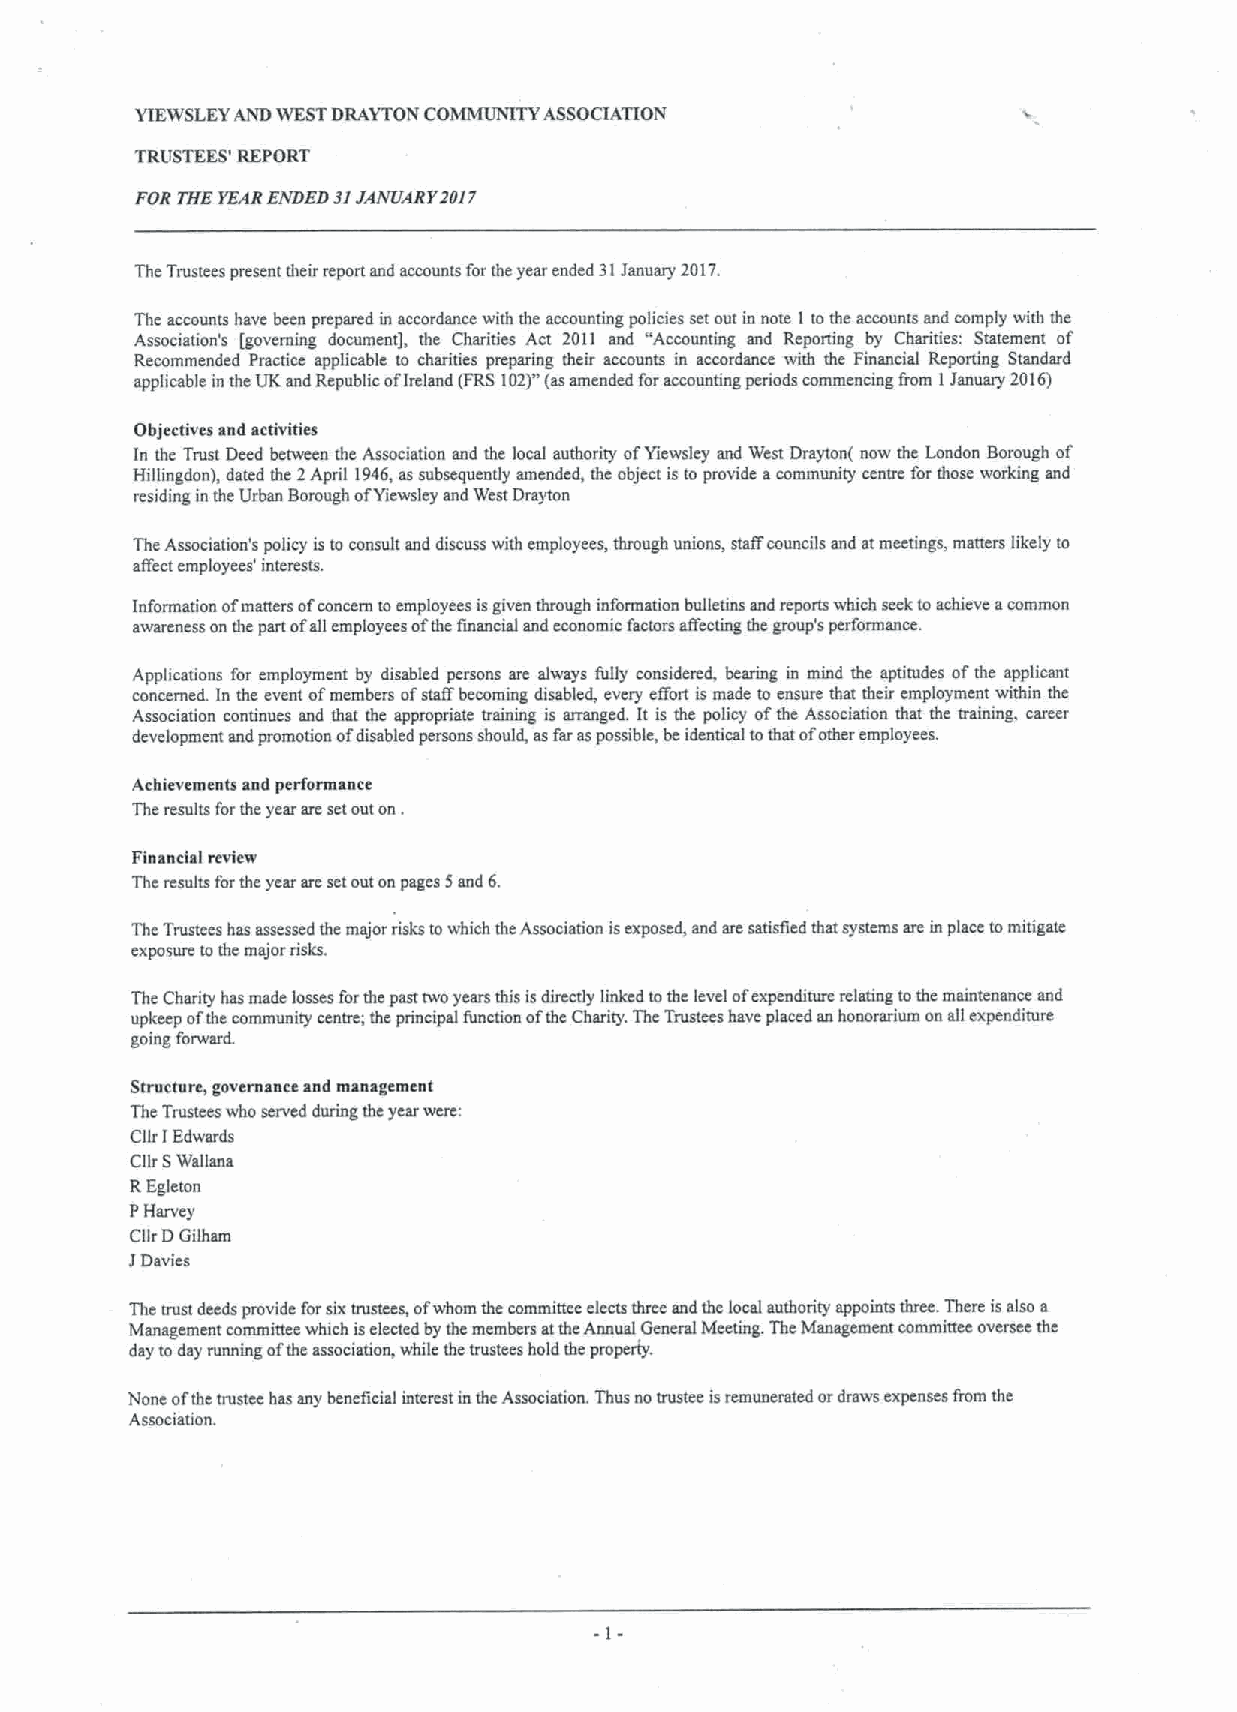
YIEWSLEYAND WESTDRAYTON COMMUNITY ASSOCIATION
 TRI!STEES'REPORT
 FOR THE YEARENDED JJJANUAEY10J 7
 The Trustees present their report and accounts for the year ended 3t January 2017.
 The accounts have been prepared in accordance with the accounting policies set out in note 1tothe accounts and comply with thc
 Association's (governing document], the Charities Act 2011 and "Accounting and Reporting by Charities. Statement of
 Recommended Practice applicable to charities preparing their accounts in accordance with the Financial Reporting Standard
 applicable inthe UK and Republic ofIreland (FRS102)"(asamended foraccounting periods commencing from 1January 2016)
 Objectives and activities
 In thc Trust Deed bctwccn the Association and the local authority ofYicwsley and West Drayton( now the London Borough of
 Hillingdon), dated the 2April 1946,as subsequently amended, thc object is to provide acommunity centre for those working and
 residing in the Urban Borough ofYiewsley and West Drayton
 The Association's policy is to consult aod discuss with employees, through unions, staffcouncils and atmmtings, meters likely to
 aifect employees' interests.
 Information ofmatters ofconcern toemployees isgiven through information bulletins snd reports which seek toachieve acommon
 awareness on thc part ofall employees ofthe financia and economic factors affecting the group's perfonnance.
 Apphcations for employment by disabled persons are always fully considered, bearing in mind the aptitudes ofthe applicant
 concerned. In the event ofmembers ofstafF becoming disabled, every effort is made to ensure that their employment within the
 Association continues and that the appropriate training is arranged. It is the policy ofthc Association that the training. career
 development and promotion ofdisabled persons should, asfar aspossible, beidcntictd tothat ofother employees.
 Achievements aad performaace
 The results for the year arc setout on .
 Financial review
 The results forthe year are sctout on pages 5and 6.
 The Trustees has assessed th«major risks towhich the Association isexposed, and are satisfied that systcrns are inplace tomitigate
 exposure tothe major risks.
 The Charity has made losses forthe psst two years this isdirectly linked tothc level ofexpenditure relating tothe maintenance and
 upkccp ofthc community centre; thc principal function ofthc Charity. The Trustees have placed an honorarium on all expenditure
 going forwartL
 Strocture, governance and management
 Thc Trustees who served during the year were:
 Cllr IEdwards
 Cllr SWallana
 REgleton
 PHarvey
 Cllr DGilham
 JDevice
 The trust deeds provide forsixtrustees, ofwhom the committee clcctsthree and the local authority appoints thee. There isalso a
 Management committee which isclectcd by the members attheAnnual General Meeting. The Management committee oversee the
 day to day running ofthc association, while the trustees hold the property.
 None ofthe trustee bas any bcnefieial interest inthc Association. Thus no trustee isrcmuoerated ordraws expenses fiom the
 Association.